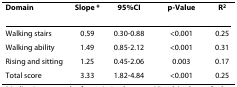
<table><thead><tr><td><b>Domain</b></td><td><b>Slope *</b></td><td><b>95%CI</b></td><td><b>p-Value</b></td><td><b>R<sup>2</sup></b></td></tr></thead><tbody><tr><td>Walking stairs</td><td>0.59</td><td>0.30-0.88</td><td>&lt;0.001</td><td>0.25</td></tr><tr><td>Walking ability</td><td>1.49</td><td>0.85-2.12</td><td>&lt;0.001</td><td>0.31</td></tr><tr><td>Rising and sitting</td><td>1.25</td><td>0.45-2.06</td><td>0.003</td><td>0.17</td></tr><tr><td>Total score</td><td>3.33</td><td>1.82-4.84</td><td>&lt;0.001</td><td>0.25</td></tr></tbody></table>